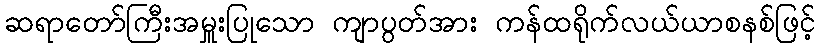
ဆရာတော်ကြီးအမှူးပြုသော ကျာပွတ်အား ကန်ထရိုက်လယ်ယာစနစ်ဖြင့်